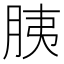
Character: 胰